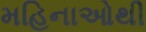
મહિનાઓથી